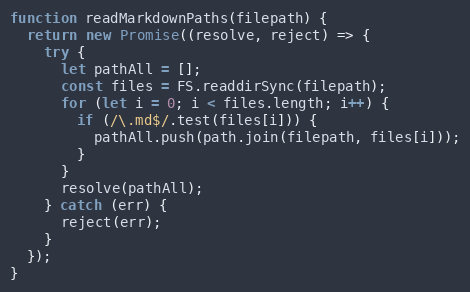
Language: JavaScript
function readMarkdownPaths(filepath) {
  return new Promise((resolve, reject) => {
    try {
      let pathAll = [];
      const files = FS.readdirSync(filepath);
      for (let i = 0; i < files.length; i++) {
        if (/\.md$/.test(files[i])) {
          pathAll.push(path.join(filepath, files[i]));
        }
      }
      resolve(pathAll);
    } catch (err) {
      reject(err);
    }
  });
}